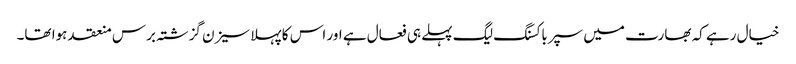
خیال رہے کہ بھارت میں سپرباکسنگ لیگ پہلے ہی فعال ہے اور اس کا پہلا سیزن گزشتہ برس منعقد ہوا تھا۔